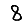
Digit: 8